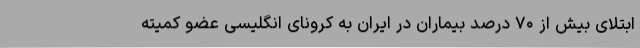
ابتلای بیش از ۷۰ درصد بیماران در ایران به کرونای انگلیسی عضو کمیته